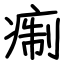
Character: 痸